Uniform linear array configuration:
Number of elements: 24
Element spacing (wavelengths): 1
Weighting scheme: kaiser
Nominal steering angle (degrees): -45
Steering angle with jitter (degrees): -45.054
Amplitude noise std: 0.05
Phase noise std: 0.05

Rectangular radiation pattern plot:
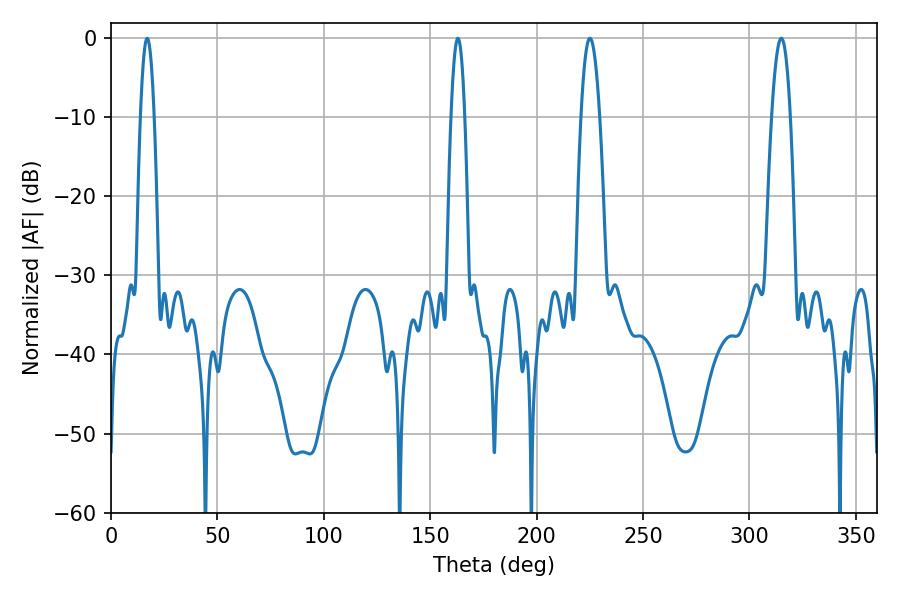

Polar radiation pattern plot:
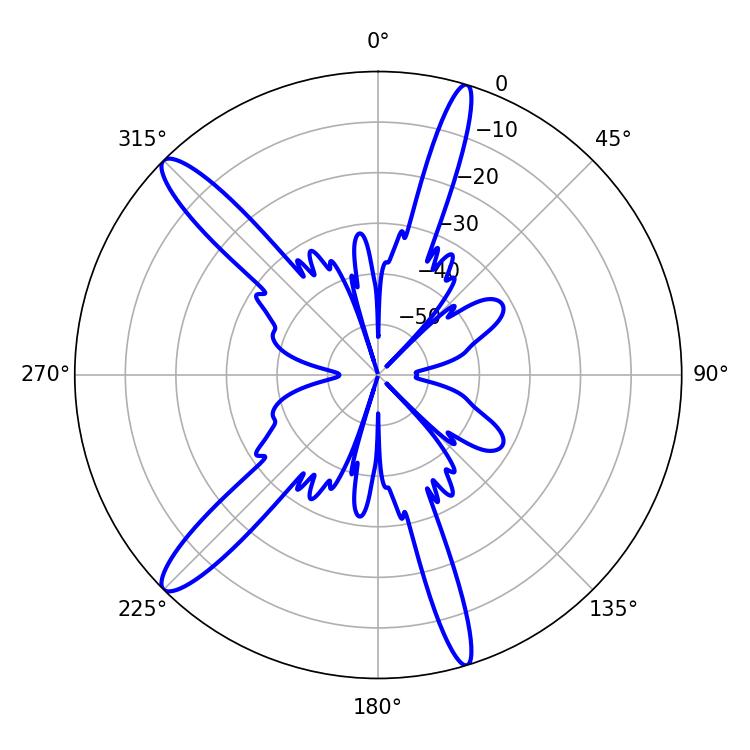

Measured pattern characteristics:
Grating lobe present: TRUE
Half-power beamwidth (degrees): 4.86
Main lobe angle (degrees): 225